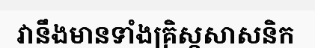
វានឹងមានទាំងគ្រិស្តសាសនិក